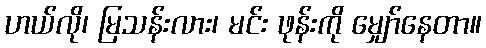
ဟယ်လို၊ မြသန်းလား၊ မင်း ဖုန်းကို မျှော်နေတာ။